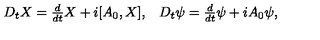
\begin{array} { c c } { D _ { t } X = \frac { d } { d t } X + i [ A _ { 0 } , X ] , } & { D _ { t } \psi = \frac { d } { d t } \psi + i A _ { 0 } \psi , } \\ \end{array}